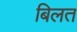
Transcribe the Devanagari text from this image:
बिलत